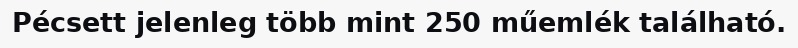
Pécsett jelenleg több mint 250 műemlék található.